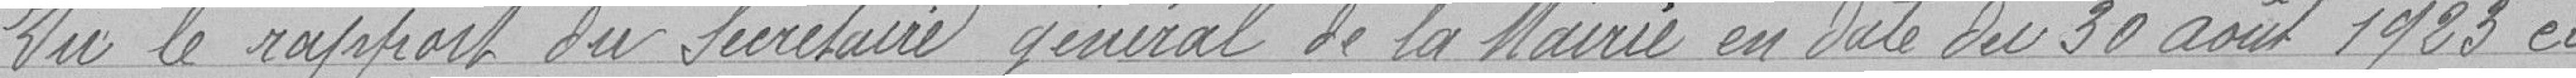
Vu le rapport du Secrétaire général de la Mairie en Date de 30 août 1923 ci -